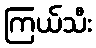
ကြယ်သီး